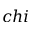
c h i